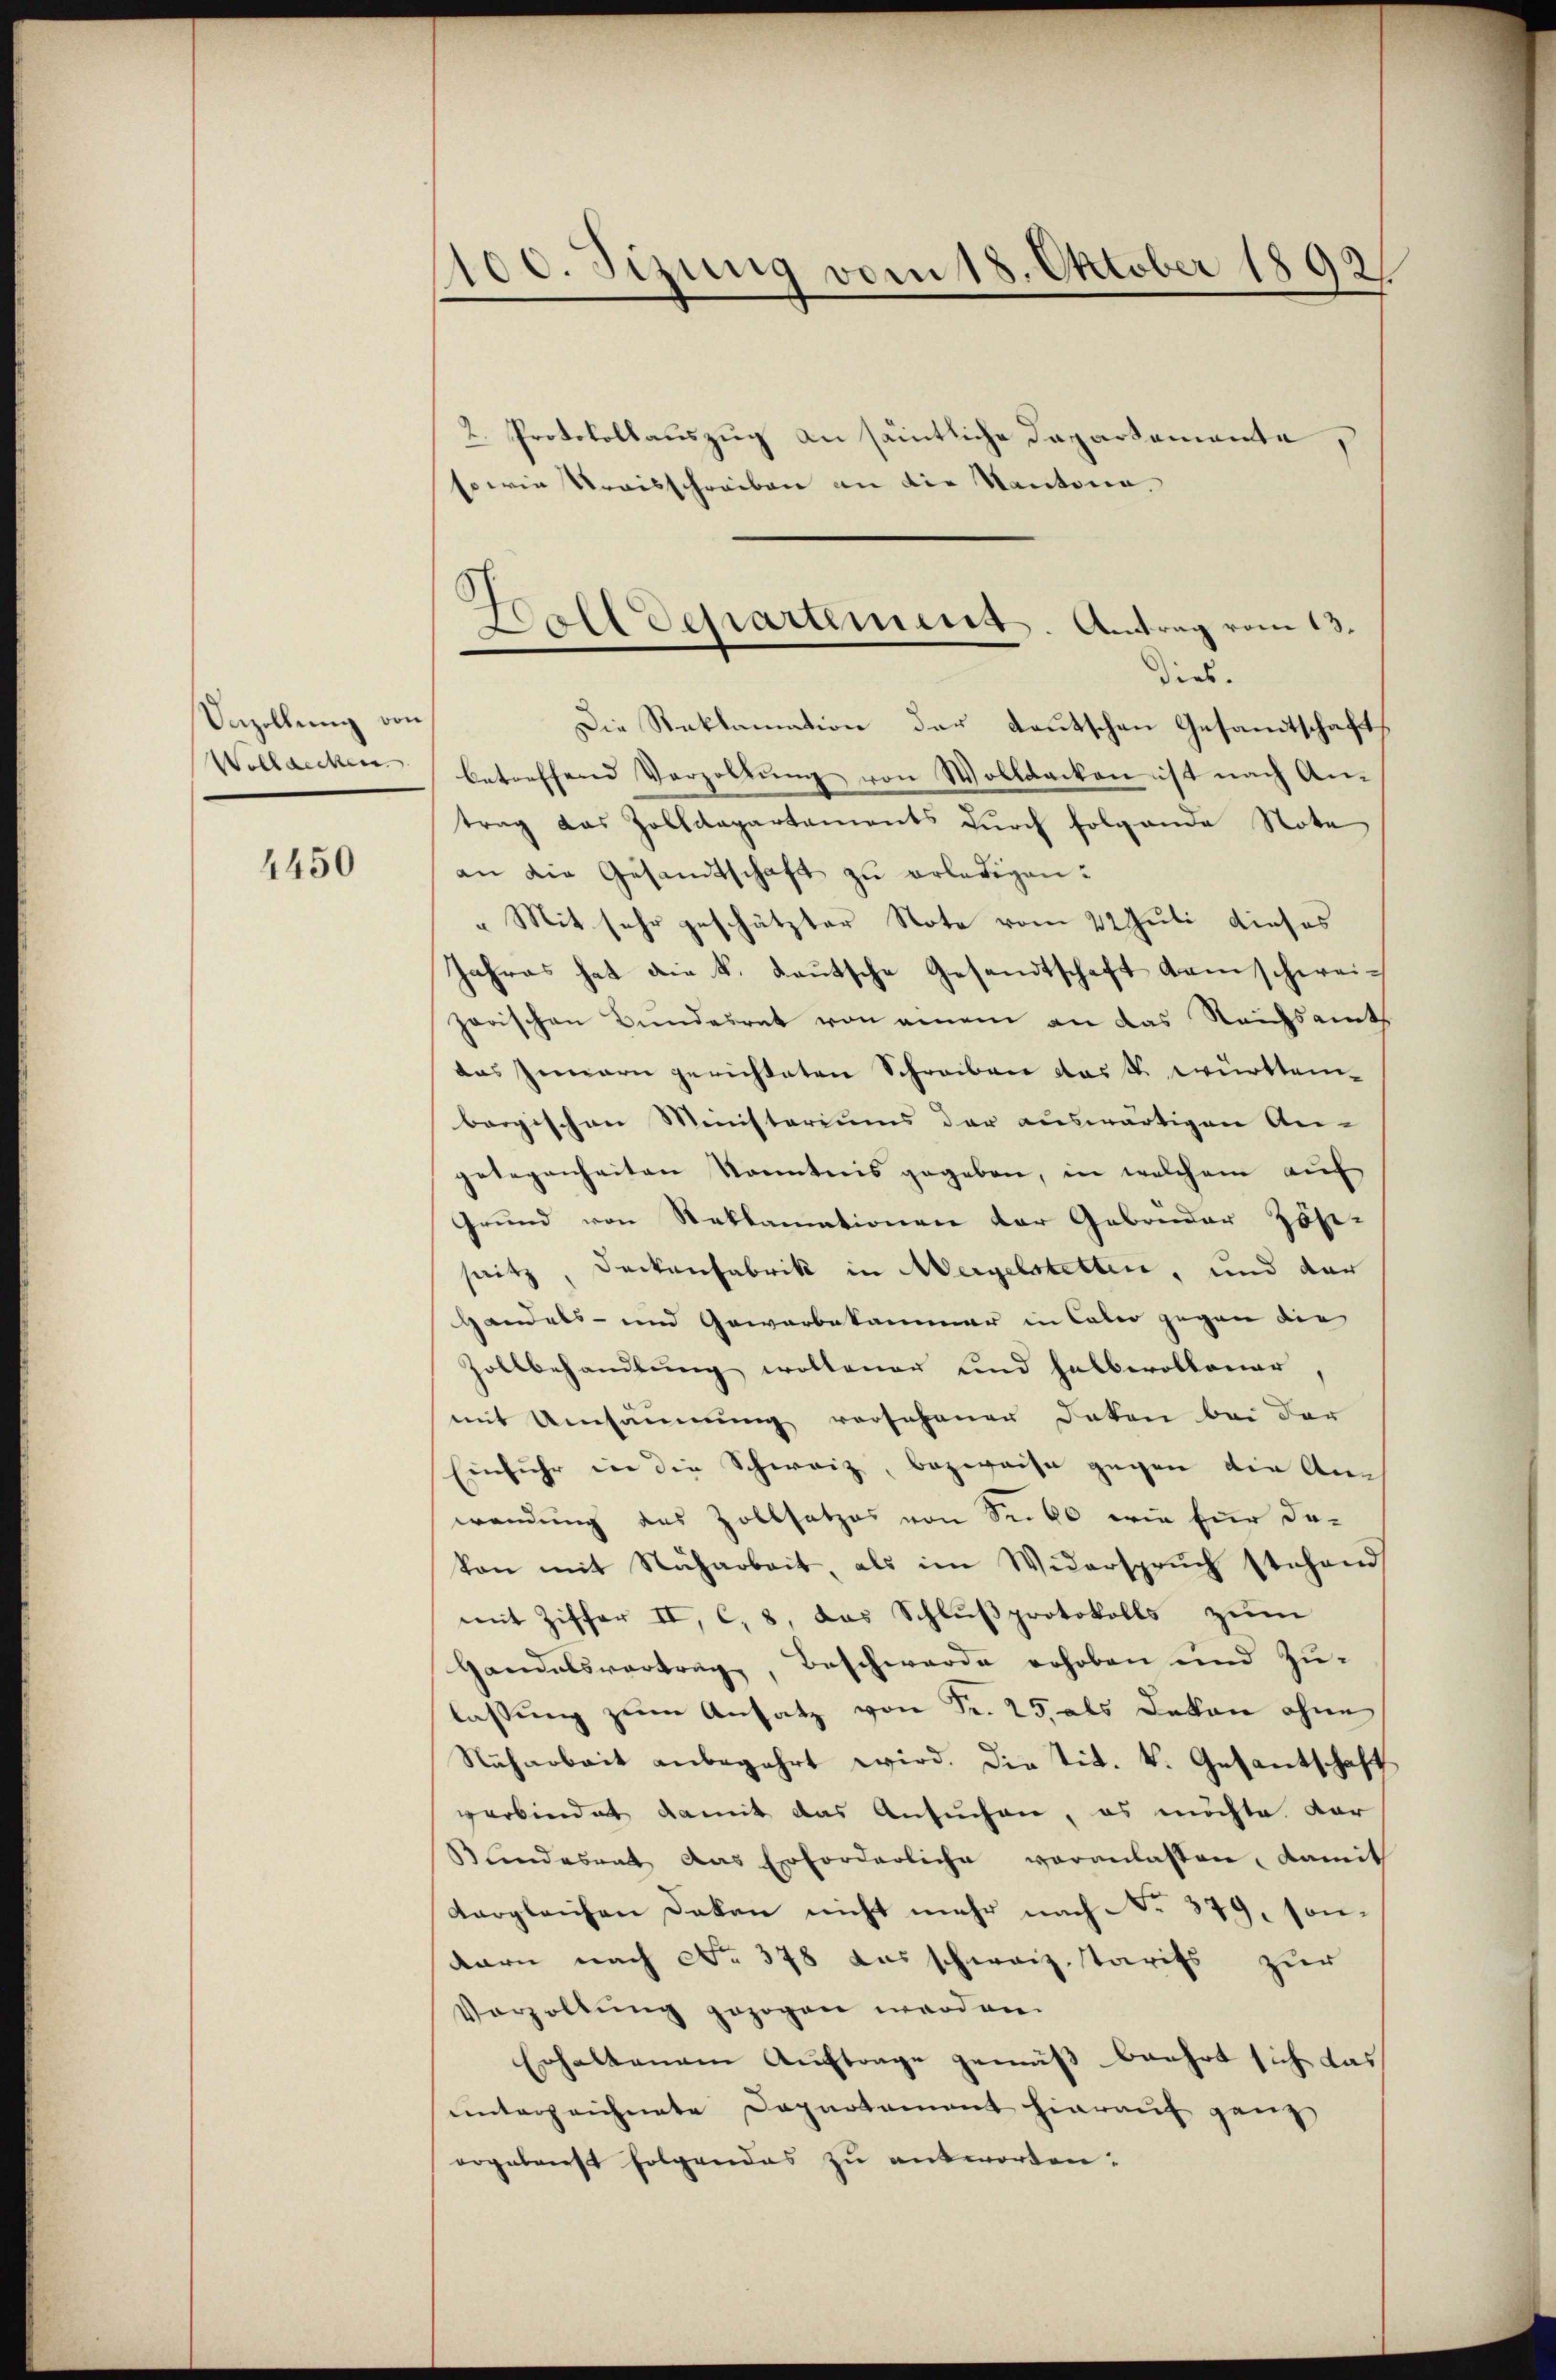
Unzellung von
Wellaecken

4450

100. Sizung vom 18. Oktober 1892.
n

2. Protokollauszug an sämtliche Departemente,
sowie Kraisschreiben an die Kantona¬
Die Reklamation der deutschen Gesamtschaft
betreffend Verzallŭng von Wolldecken ist nach An-
trag das Zolldepartements durch folgende Note
an die Gesandtschaft zŭ erledigen:
„Mit sehr geschätzter Note vom 22 Juli dieses
Jahres hat die k. Lautsche Gesandtschaft kam schweizarischen Bundesrat von einem an das Reichsamt
das Innern gerichteten Schreiben das k. württembergischen Ministeriums der auswärtigen An-
gelegenheiten Kenntnis gegeben, in welchem auf
Grund von Reklamationen der Gebrüder Zösi-
snitz, Deckenfabrik in ergelstetten, und der
Handels- und Gewerbekammer in Caber gegen die
Zollbehandlung wollener und halberollener
mit Umsäumung versehener Doken bei der
Einfuhr in die Schweiz, bezweife gegen die Anwendung des Zollsatzes von Sr. 60 wie für davon mit Nacharbeit, als im Widerspruch stehend
mit Ziffer II, c. 8, das Schlußprotokolls zum
Handelsvertrag, Beschwerde erhoben und Zulassung zum Ansatz von Fr. 25, als Dekan ohne
Nuharbeit anbegehrt wird. Die tit. k. Gesantschaft
verbindet damit das Ansuchen, es möchte dar
Bundesrat das Erforderliche veranlassen, damit
Vergleichen Dokan nicht mehr nach No 379, sonbarn nach No. 378 das schweiz. Tarifs zur
Verzöllung gezogen worden.
Erhaltenen Auftrage gemäß beehrt sich das
unterzeichnete Departement hierauf ganz
ergebenst folgendes zu antworten:

Hall Departement. Antrag vom 13.
dies.